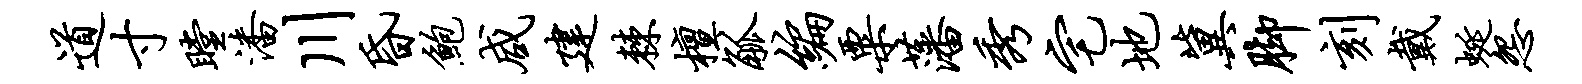
道寸瞠潘川昏鲍咸建棘檀觚编粟藩秀宅地冀脚刻戴蜒怨